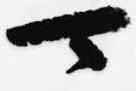
可